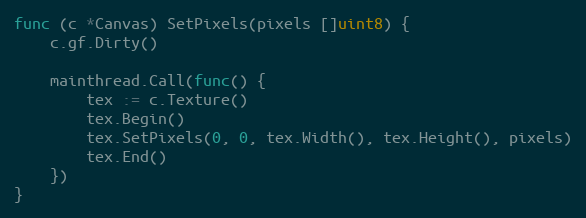
Language: Go
func (c *Canvas) SetPixels(pixels []uint8) {
	c.gf.Dirty()

	mainthread.Call(func() {
		tex := c.Texture()
		tex.Begin()
		tex.SetPixels(0, 0, tex.Width(), tex.Height(), pixels)
		tex.End()
	})
}